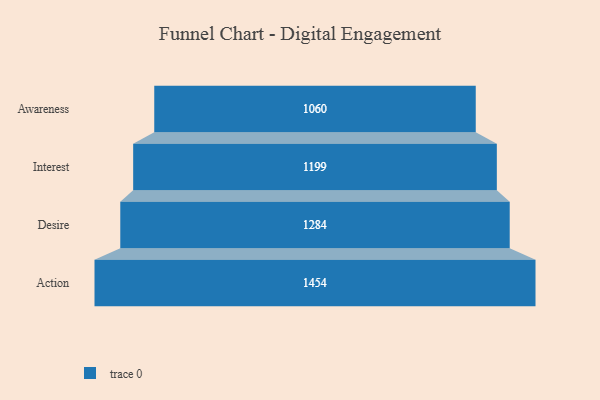
{"axis": {"x": "Stage", "y": "Value"}, "legend": [""], "data": [{"x": "Awareness", "y": 1060.0, "type": ""}, {"x": "Interest", "y": 1199.0, "type": ""}, {"x": "Desire", "y": 1284.0, "type": ""}, {"x": "Action", "y": 1454.0, "type": ""}]}